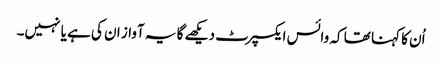
اُن کا کہنا تھا کہ وائس ایکسپرٹ دیکھے گا یہ آواز ان کی ہے یا نہیں۔